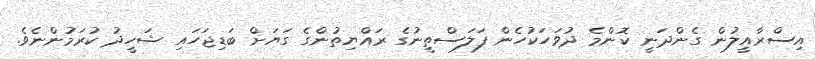
އިސްރާއީލުން ގެންދަނީ ކޮންމެ ދުވަހަކުހެން ފަލަސްތީނުގެ ރައްޔިތުންގެ ގަޔަށް ބަޑިޖަހައި ޝަހީދު ކުރަމުންނެވެ.